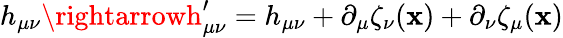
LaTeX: h_{\mu\nu}\rightarrowh_{\mu\nu}^{\prime}=h_{\mu\nu}+\partial_{\mu}\zeta_{\nu}(\mathbf{x})+\partial_{\nu}\zeta_{\mu}(\mathbf{x})